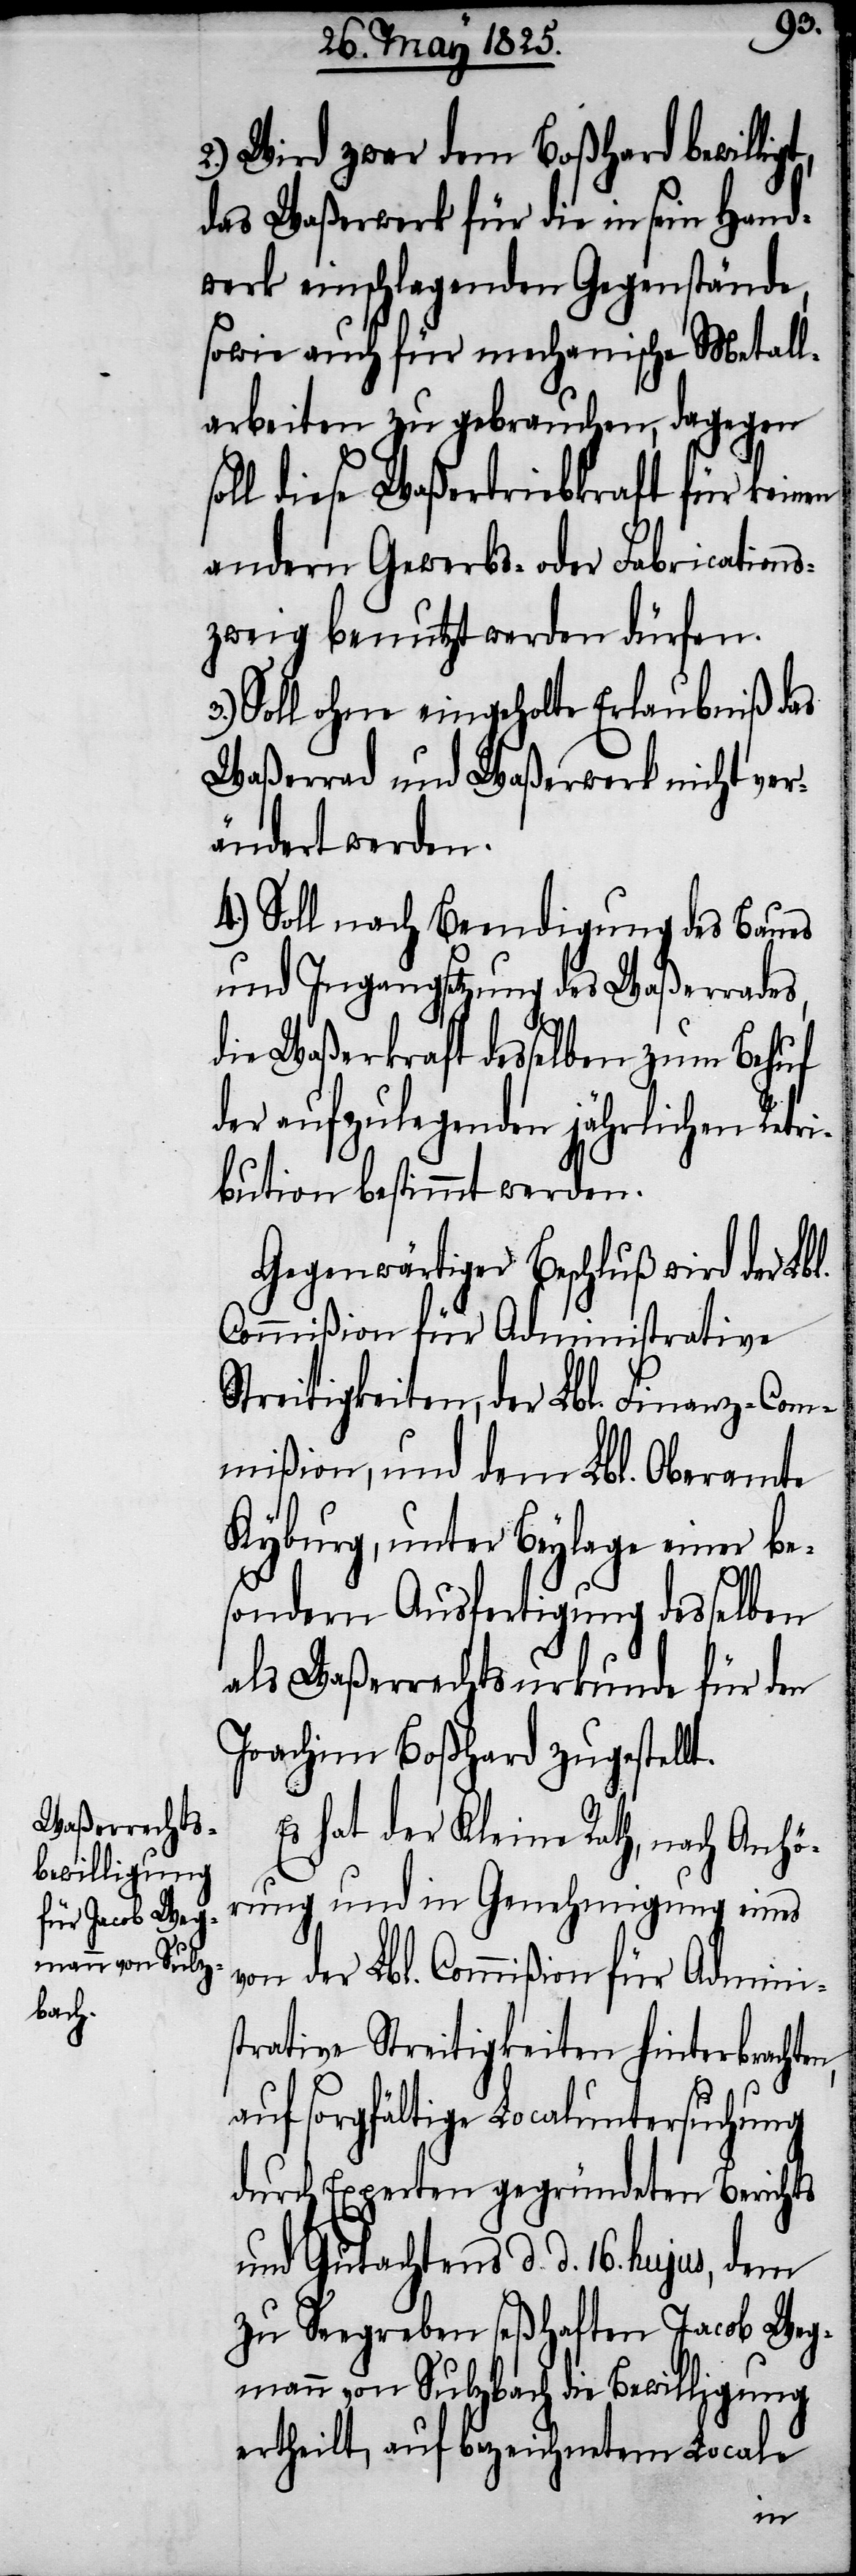
2.) Wird zwar dem Boßhard bewillig¬
das Waßerwerk für die in sein Hand¬
werk einschlagenden Gegenstände,
sowie auch für mechanische Metall¬
arbeiten zu gebrauchen, dagegen
soll diese Waßertriebkraft für keinen
andern Gewerbs- oder Fabrications¬
zweig benutzt werden dürfen.
Soll ohne eingeholte Erlaubniß das
Waßerrad und Waßerwerk nicht ver¬
ändert werden.
4.) Soll nach Beendigung des Baues
und Ingangsetzung des Waßerrades,
die Waßerkraft desselben zum Behuf
der aufzulegenden jährlichen Retri¬
bution bestimmt werden.
Gegenwärtiger Beschluß wird der Lbl.
Commißion für Administrative
Streitigkeiten, der Lbl. Finanz-Com¬
mißion, und dem Lbl. Oberamte
Kyburg, unter Beylage einer be¬
sondern Ausfertigung desselben
als Waßerrechtsurkunde für J¬
oachim Boßhard zugestellt.
Es hat der Kleine Rath, nach Anhör¬
ung und in Genehmigung eines
t,
von der Lbl. Commißion für Adminis¬
trative Streitigkeiten hinterbrachte¬
auf sorgfältige Localuntersuchung
durch Experten gegründeten Berichts
und Gutachtens d. d. 16. hujus, dem
zu Seegreben seßhaften Jacob Weg¬
mann von Sulzbach die Bewilligung
ertheilt, auf bezeichnetem Locale
n,